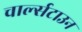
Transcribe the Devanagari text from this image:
चार्ल्सटाउन